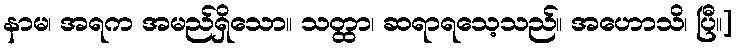
နာမ၊ အရက အမည်ရှိသော။ သတ္ထာ၊ ဆရာရသေ့သည်။ အဟောသိ၊ ပြီ။]